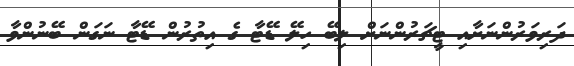
ދަރިވަރުންނަށާއި ޓީޗަރުންނަށް ލިބޭ ހިލޭ ޑޭޓާ ގެ އިތުރުން ޑޭޓާ ނަގަން ބޭނުންވާ